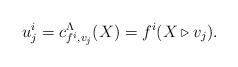
LaTeX: \begin{align*}u^i_j = c^{\Lambda}_{f^i, v_j}(X) = f^i(X \triangleright v_j).\end{align*}